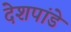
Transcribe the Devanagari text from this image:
देेशपांडे